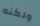
ولكنه